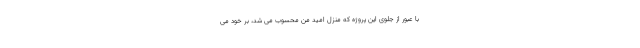
با عبور از جلوی این پروژه که منزل امید من محسوب می شد، بر خود می